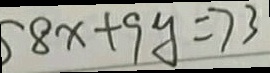
8 x + 9 y = 7 3